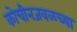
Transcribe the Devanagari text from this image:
कोचीनजवळच्या